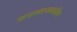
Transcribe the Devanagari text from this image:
कपाळाजवळील